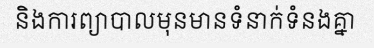
និងការព្យាបាលមុនមានទំនាក់ទំនងគ្នា